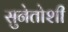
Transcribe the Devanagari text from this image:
सुनेतोशी